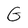
Character: G